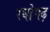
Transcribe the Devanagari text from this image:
रघोगढ़